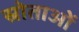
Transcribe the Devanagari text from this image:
स्रोताओं